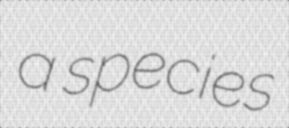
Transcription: a species